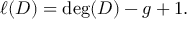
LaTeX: \ell ( D ) = \deg ( D ) - g + 1 .